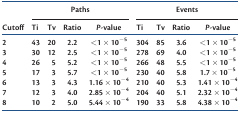
<table><thead><tr><td></td><td colspan="4"><b>Paths</b></td><td colspan="4"><b>Events</b></td></tr><tr><td><b>Cutoff</b></td><td><b>Ti</b></td><td><b>Tv</b></td><td><b>Ratio</b></td><td><b><i>P</i>-value</b></td><td><b>Ti</b></td><td><b>Tv</b></td><td><b>Ratio</b></td><td><b><i>P</i>-value</b></td></tr></thead><tbody><tr><td>2</td><td>43</td><td>20</td><td>2.2</td><td>&lt;1 × 10<sup>−5</sup></td><td>304</td><td>85</td><td>3.6</td><td>&lt;1 × 10<sup>−5</sup></td></tr><tr><td>3</td><td>30</td><td>12</td><td>2.5</td><td>&lt;1 × 10<sup>−5</sup></td><td>278</td><td>69</td><td>4.0</td><td>&lt;1 × 10<sup>−5</sup></td></tr><tr><td>4</td><td>26</td><td>5</td><td>5.2</td><td>&lt;1 × 10<sup>−5</sup></td><td>266</td><td>48</td><td>5.5</td><td>&lt;1 × 10<sup>−5</sup></td></tr><tr><td>5</td><td>17</td><td>3</td><td>5.7</td><td>&lt;1 × 10<sup>−5</sup></td><td>230</td><td>40</td><td>5.8</td><td>1.7 × 10<sup>−5</sup></td></tr><tr><td>6</td><td>13</td><td>3</td><td>4.3</td><td>1.16 × 10<sup>−4</sup></td><td>210</td><td>40</td><td>5.3</td><td>1.41 × 10<sup>−4</sup></td></tr><tr><td>7</td><td>12</td><td>3</td><td>4.0</td><td>2.85 × 10<sup>−4</sup></td><td>204</td><td>40</td><td>5.1</td><td>2.32 × 10<sup>−4</sup></td></tr><tr><td>8</td><td>10</td><td>2</td><td>5.0</td><td>5.44 × 10<sup>−4</sup></td><td>190</td><td>33</td><td>5.8</td><td>4.38 × 10<sup>−4</sup></td></tr></tbody></table>